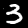
Label: 3